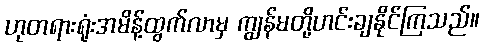
ဟုတရားရုံးအမိန့်ထွက်လာမှ ကျွန်မတို့ဟင်းချနိုင်ကြသည်။